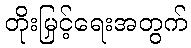
တိုးမြှင့်ရေးအတွက်